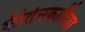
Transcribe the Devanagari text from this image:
कीर्तनकारिता